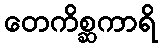
တေကိစ္ဆကာရိ